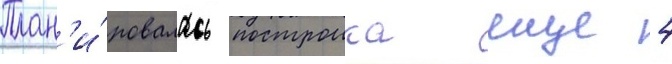
План'и́ровалась построика еще 4